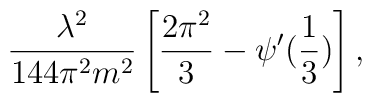
\frac{\lambda^2}{144 \pi^2 m^2} \left[ \frac{2 \pi^2}{3} - \psi'(\frac{1}{3}) \right],